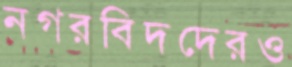
নগরবিদদেরও